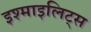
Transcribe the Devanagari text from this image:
इश्माइलिट्स